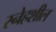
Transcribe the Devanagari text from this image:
स्नेहशील